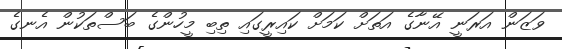
ވަޒަން އަރަނީ އޭނާގެ އަތަށް ކަމަށް ކައިރީގައި ތިބި މީހުންގެ ބަސްތަކުން އެނގެ